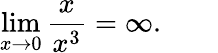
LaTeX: \operatorname*{lim}_{x\to 0}{\frac{x}{x^{3}}}=\infty.\qquad